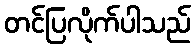
တင်ပြလိုက်ပါသည်